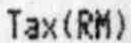
TAX(RM)